Report on the working of the Ranchi Indian Mental Hospital, Kanke, in Bihar and Orissa - 1930-1940
Year: 1930
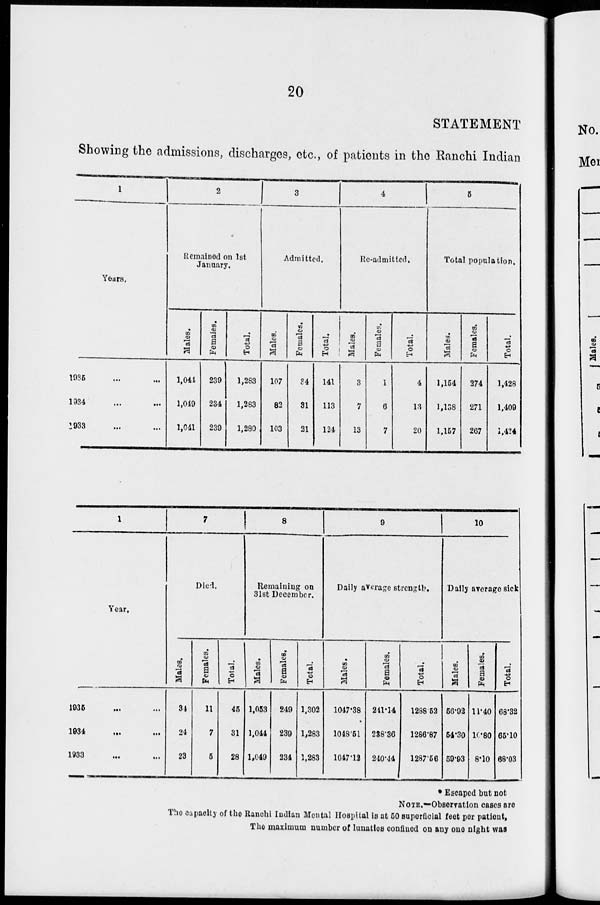
20
STATEMENT
Showing the admissions, discharges, etc., of patients in the Ranchi Indian
1
Years.
1935 ... ... ...
1934 ... ... ...
1933 ... ... ...
2
Remained on 1st
January.
Males.
1,041
1,049
1,041
Females.
239
234
239
Total.
1,283
1,283
1,280
3
Admitted.
Males.
107
82
103
Females.
24
31
21
Total.
141
113
124
4
Re-admitted.
Males.
3
7
13
Females.
1
6
7
Total.
4
13
20
5
Total population.
Males.
1,154
1,138
1,157
Females.
274
271
267
Total.
1,428
1,409
1,424
1
Year.
1935 ... ... ...
1934 ... ... ...
1933 ... ... ...
7
Died.
Males.
34
24
23
Females.
11
7
5
Total.
45
31
28
8
Remaining on
31st December.
Males.
1,053
1,044
1,049
Females.
249
239
234
Total.
1,302
1,283
1,283
9
Daily average strength.
Males.
1047.38
1048.51
1047.12
Females.
241.14
238.36
240.44
Total.
1288.52
1286.87
1287.56
10
Daily average sick
Males.
56.92
54.30
59.93
Females.
11.40
10.80
8.10
Total.
68.32
65.10
68.03
* Escaped but not
NOTE.—Observation cases are
The capacity of the Ranchi Indian Mental Hospital is at 50 superficial feet per patient,
The maximum number of lunatics confined on any one night was